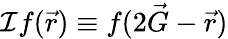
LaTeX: \mathcal{I}f(\vec{r})\equiv f(2\vec{G}-\vec{r})